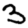
Digit: 3